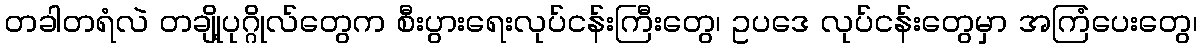
တခါတရံလဲ တချို့ပုဂ္ဂိုလ်တွေက စီးပွားရေးလုပ်ငန်းကြီးတွေ၊ ဥပဒေ လုပ်ငန်းတွေမှာ အကြံပေးတွေ၊